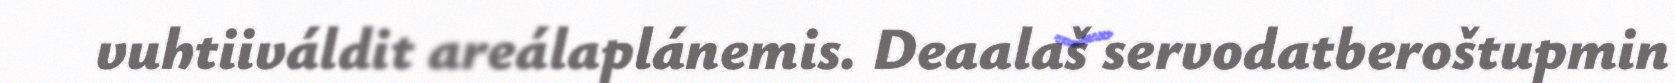
vuhtiiváldit areálaplánemis. Deaalaš servodatberoštupmin